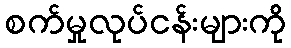
စက်မှုလုပ်ငန်းများကို